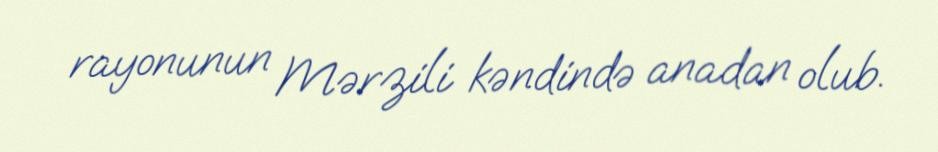
rayonunun Mərzili kəndində anadan olub.